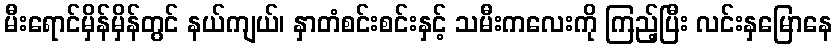
မီးရောင်မှိန်မှိန်တွင် နယ်ကျယ်၊ နှာတံစင်းစင်းနှင့် သမီးကလေးကို ကြည့်ပြီး လင်းနှမြောနေ